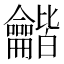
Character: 龤